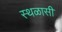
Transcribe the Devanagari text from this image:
स्थळासी